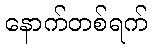
နောက်တစ်ရက်